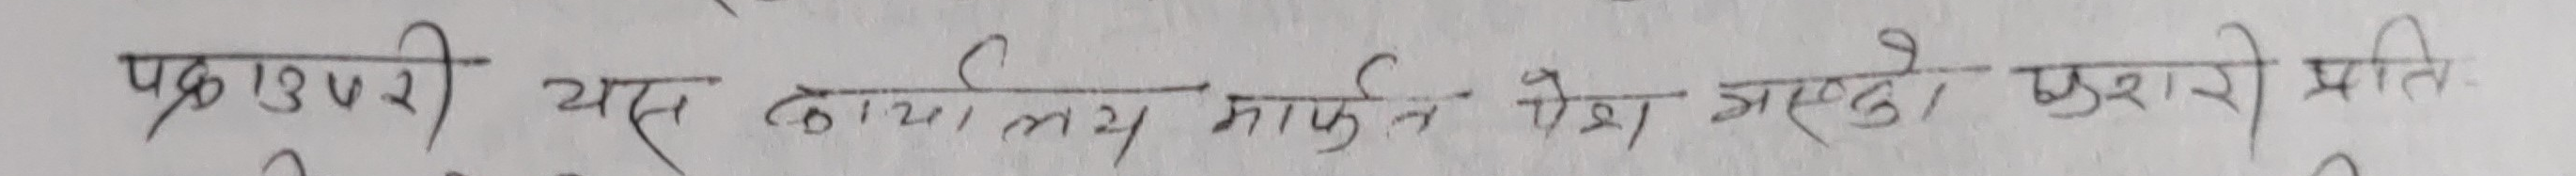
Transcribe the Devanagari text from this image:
पकाउरी यस कार्यालय मार्फत पेश भए पश्चात गरी प्रति